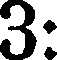
3: